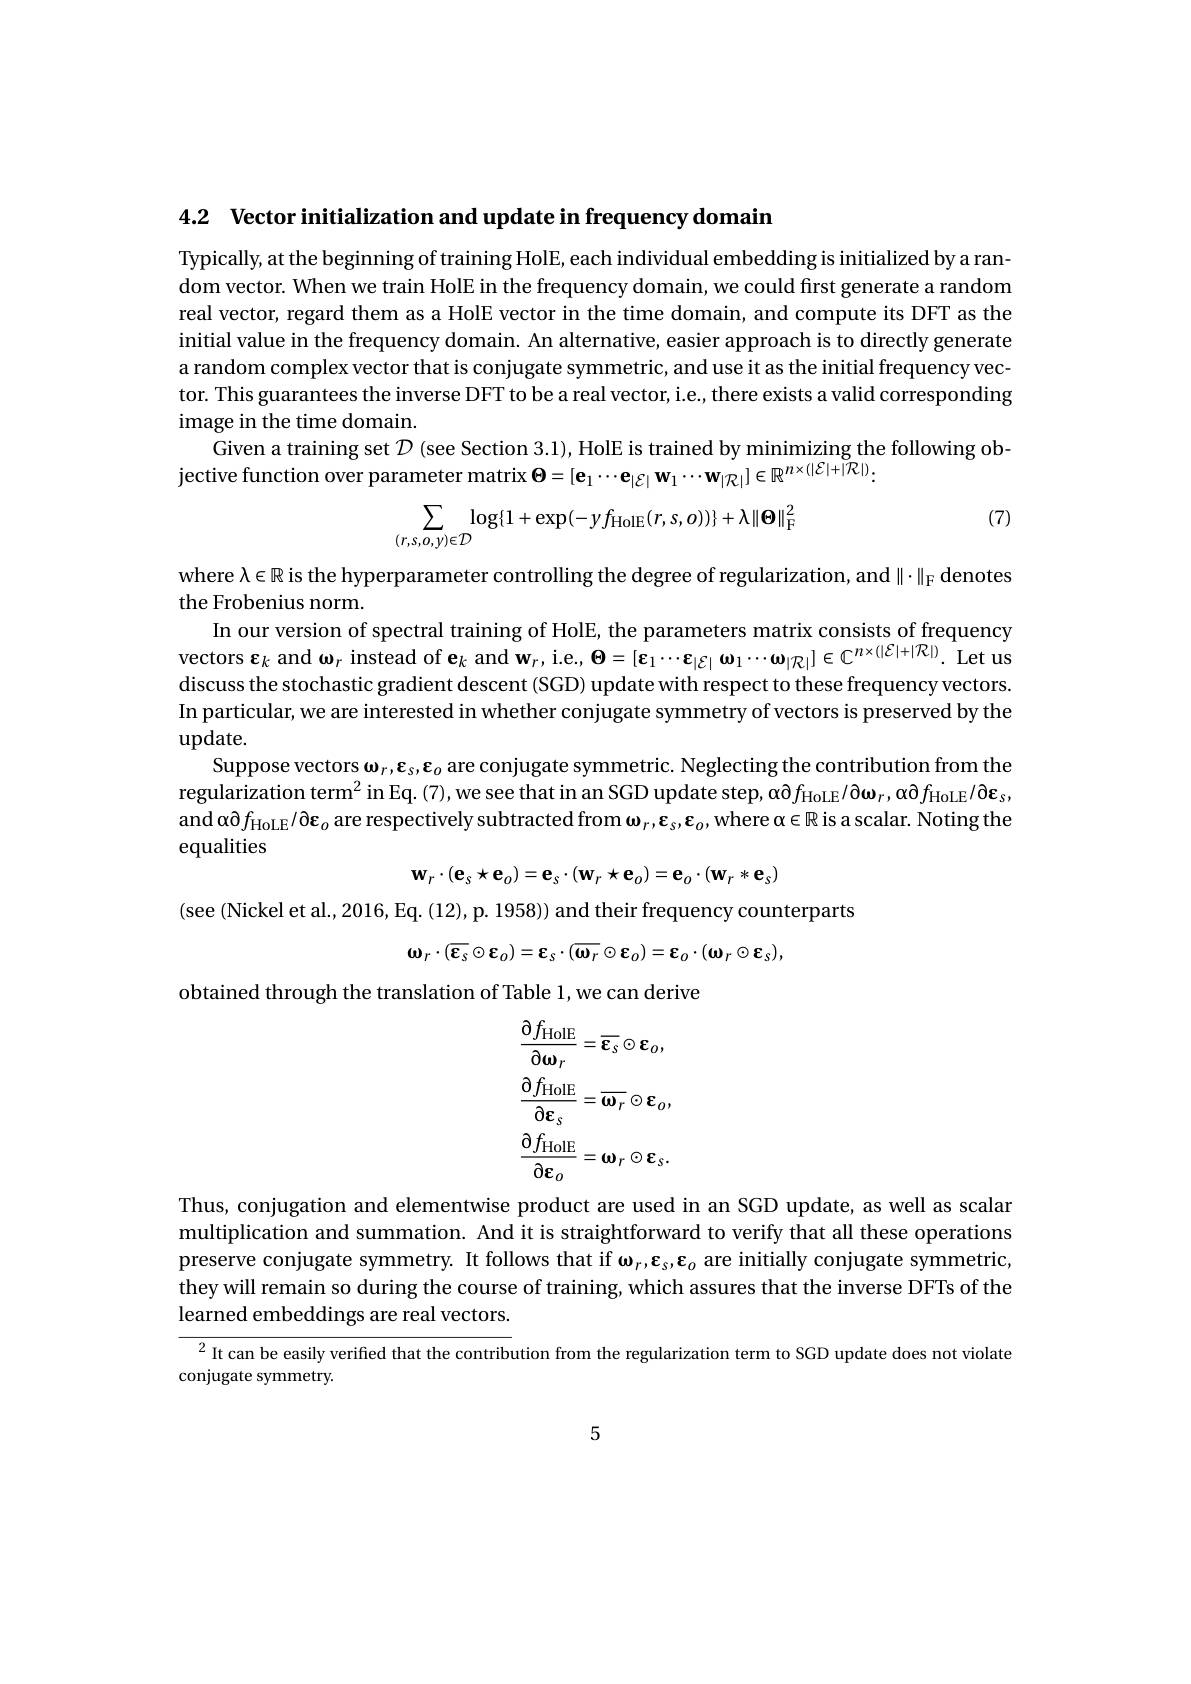
4.2 Vector initialization and update in frequency domain

Typically, at the beginning of training HolE, each individual embedding is initialized by a ran- $\dim$ vector. When we train HolE in the frequency domain, we could first generate a random real vector, regard them as a HolE vector in the time domain, and compute its DFT as the initial value in the frequency domain. An alternative, easier approach is to directly generate a random complex vector that is conjugate symmetric, and use it as the initial frequency vector. This guarantees the inverse DFT to be a real vector, i.e, there exists a valid corresponding image in the time domain.
Given a training set $\mathcal{D}$ (see Section 3.1), HolE is trained by minimizing the following ob-
${\text{jective function over parameter matrix}}\mathbf{\Theta } = [ \mathbf{e} _{1}\cdots \mathbf{e} _{| \mathcal{E} | }\mathbf{w} _{1}\cdots \mathbf{w} _{| \mathcal{R} | }] \in \mathbb{R} ^{n\times ( | \mathcal{E} | + | \mathcal{R} | ) }.$

(7)
$$\sum_{(r,s,o,y)\in\mathcal{D}}\log\{1+\exp(-yf_{\mathrm{HolE}}(r,s,o))\}+\lambda\|\mathbf{\Theta}\|_{\mathrm{F}}^{2}$$
where $\lambda\in\mathbb{R}$ is the hyperparameter controlling the degree of regularization, and $\|\cdot\|_\mathrm{F}$ denotes
the Frobenius norm.
In our version of spectral training of HolE, the parameters matrix consists of frequency vectors $\varepsilon_k$ and $\omega_r$ instead of e$_k$ and w$_r$,i.e., $\Theta = [ \varepsilon _1\cdots \varepsilon _{| \mathcal{E} | }$ $\omega _1\cdots \omega _{| \mathcal{R} | }] \in \mathbb{C} ^{n\times ( | \mathcal{E} | + | \mathcal{R} | ) }.$ Let us discuss the stochastic gradient descent (SGD) update with respect to these frequency vectors. In particular, we are interested in whether conjugate symmetry of vectors is preserved by the $\operatorname{update.}$
Suppose vectors $\omega_r,\boldsymbol{\varepsilon}_s,\boldsymbol{\varepsilon}_o$ are conjugate symmetric. Neglecting the contribution from the regularization term$^2\operatorname { in}$Eq. ( 7) , we see that in an SGD update step, $\alpha \partial f_{\operatorname { HoLE} }/ \partial \omega _{r}, \alpha \partial f_{\operatorname { HoLE} }/ \partial \varepsilon _{s}$, and $\alpha\partial f_\mathrm{HoLE}/\partial\varepsilon_o$ are respectively subtracted from $\omega_r,\varepsilon_s,\varepsilon_o$, where $\alpha\in\mathbb{R}$ is a scalar. Noting the equalities
$$\mathbf{w}_{r}\cdot(\mathbf{e}_{s}\star\mathbf{e}_{o})=\mathbf{e}_{s}\cdot(\mathbf{w}_{r}\star\mathbf{e}_{o})=\mathbf{e}_{o}\cdot(\mathbf{w}_{r}*\mathbf{e}_{s})$$
(see (Nickel et al., 2016, Eq. (12), p. 1958)) and their frequency counterparts
$$\mathbf{\omega}_{r}\cdot(\mathbf{\varepsilon}_{s}\odot\mathbf{\varepsilon}_{o})=\mathbf{\varepsilon}_{s}\cdot(\mathbf{\overline{{\omega_{r}}}}\odot\mathbf{\varepsilon}_{o})=\mathbf{\varepsilon}_{o}\cdot(\mathbf{\omega}_{r}\odot\mathbf{\varepsilon}_{s}),$$
obtained through the translation of Table 1, we can derive
$$\frac{\partial f_{\mathrm{HolE}}}{\partial\boldsymbol{\omega}_{r}}=\overline{{\boldsymbol{\varepsilon}_{s}}}\odot\boldsymbol{\varepsilon}_{o},\\\frac{\partial f_{\mathrm{HolE}}}{\partial\boldsymbol{\varepsilon}_{s}}=\overline{{\boldsymbol{\omega}_{r}}}\odot\boldsymbol{\varepsilon}_{o},\\\frac{\partial f_{\mathrm{HolE}}}{\partial\boldsymbol{\varepsilon}_{o}}=\boldsymbol{\omega}_{r}\odot\boldsymbol{\varepsilon}_{s}.$$
Thus, conjugation and elementwise product are used in an SGD update, as well as scalar multiplication and summation. And it is straightforward to verify that all these operations preserve conjugate symmetry. It follows that if $\omega_r,\boldsymbol{\varepsilon}_s,\boldsymbol{\varepsilon}_o$ are initially conjugate symmetric, they will remain so during the course of training, which assures that the inverse DFTs of the learned embeddings are real vectors.

$^{2}$ It can be easily verified that the contribution from the regularization term to SGD update does not violate
conjugate symmetry.

5